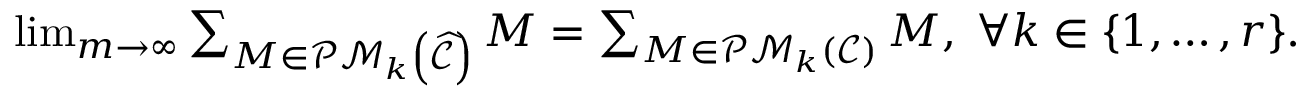
\begin{array} { r } { \operatorname* { l i m } _ { m \rightarrow \infty } \sum _ { M \in \mathcal { P M } _ { k } \left( \widehat { \mathcal { C } } \right) } M = \sum _ { M \in \mathcal { P M } _ { k } \left( \mathcal { C } \right) } M , \; \forall k \in \{ 1 , \ldots , r \} . } \end{array}